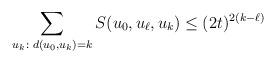
LaTeX: \begin{align*} \sum_{u_k: \,\, d(u_0, u_k) = k} S(u_0, u_{\ell}, u_k) \le (2t)^{2(k-\ell)} \end{align*}